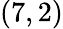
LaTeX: (7,2)